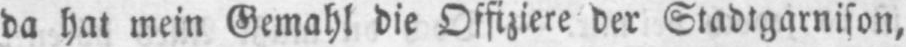
da hat mein Gemahl die Offiziere der Stadtgarnison,